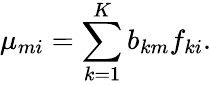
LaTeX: \mu_{mi}=\sum_{k=1}^{K}b_{km}f_{ki}.